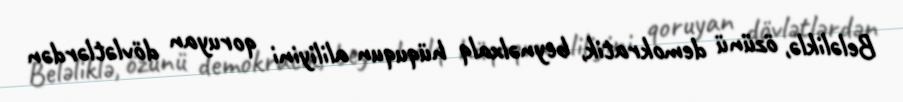
Beləliklə, özünü demokratik, beynəlxalq hüququn aliliyini qoruyan dövlətlərdən